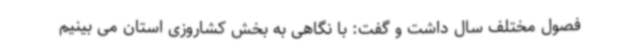
فصول مختلف سال داشت و گفت: با نگاهی به بخش کشاروزی استان می بینیم